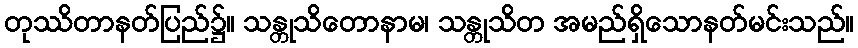
တုဿိတာနတ်ပြည်၌။ သန္တုသိတောနာမ၊ သန္တုသိတ အမည်ရှိသောနတ်မင်းသည်။